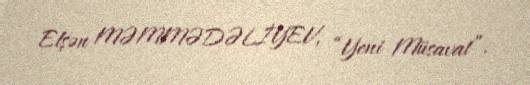
Elşən MƏMMƏDƏLİYEV, “Yeni Müsavat”.